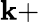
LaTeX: \mathbf{k}+